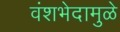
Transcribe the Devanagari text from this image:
वंशभेदामुळे